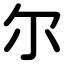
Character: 尔